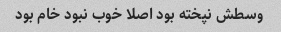
وسطش نپخته بود اصلا خوب نبود خام بود